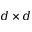
d \times d